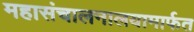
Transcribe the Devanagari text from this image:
महासंचालनालयामार्फत